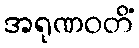
အရုဏဝတိံ